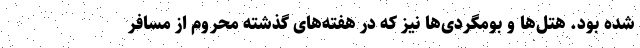
شده بود. هتل‌ها و بومگردی‌ها نیز که در هفته‌های گذشته محروم از مسافر